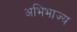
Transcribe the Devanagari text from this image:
अभिभाज्य